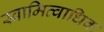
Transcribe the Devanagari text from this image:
स्वामित्वाधिक